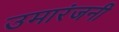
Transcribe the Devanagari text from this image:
उमारंजनी